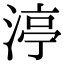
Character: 渟